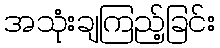
အသုံးချကြည့်ခြင်း